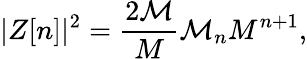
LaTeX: |Z[n]|^{2}=\frac{{2\cal{M}}}{M}{\cal M}_{n}M^{n+1},